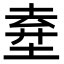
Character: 𡍊